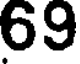
69